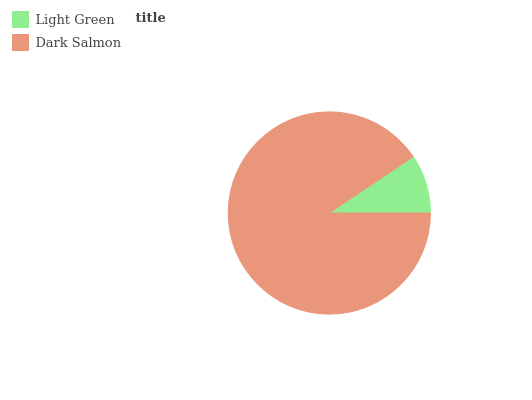
| Light Green | Dark Salmon |
 | --- | --- |
 | 9.39% | 90.6% |